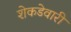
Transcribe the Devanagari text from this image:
शेकडेवारी